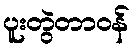
ပူးတွဲတာဝန်